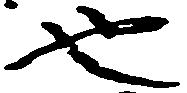
也